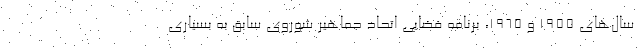
سال‌های ۱۹۵۵ و ۱۹۶۵، برنامه فضایی اتحاد جماهیر شوروی سابق به بسیاری